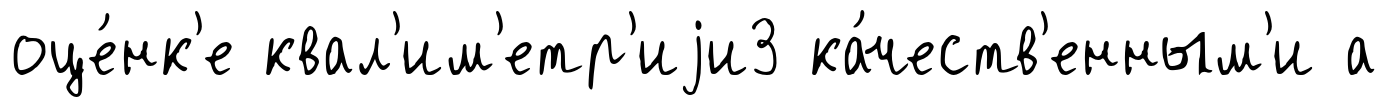
оце́нк'е квал'им'етр'иjи3 ка́честв'енным'и а